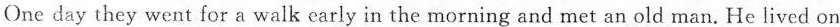
One day they went for a walk early in the morning and met an old man. He lived on